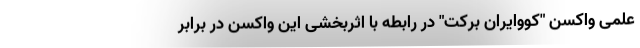
علمی واکسن "کُووایران برکت" در رابطه با اثربخشی این واکسن در برابر